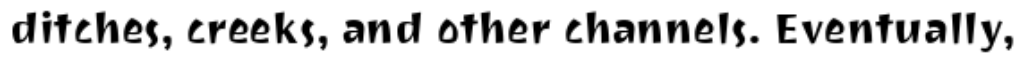
ditches, creeks, and other channels. Eventually,